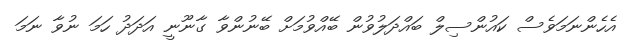
އެހެންނަމަވެސް ކައުންސިލް ބައްދަލުވުން ބޭއްވުމަށް ބޭނުންވާ ގާނޫނީ އަދަދު ހަމަ ނުވާ ނަމަ